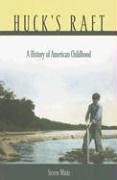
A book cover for Huck's Raft: A History of American Childhood; Steven Mintz; Literature & Fiction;